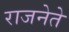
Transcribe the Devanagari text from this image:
राजनेते